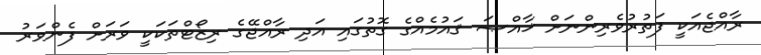
ރާއްޖެއަކީ ފަތުރުވެރިންނަށް ޚާއްޞަ ޤައުމެއްގެ ގޮތުގައި އަދި ރާއްޖޭގެ ރިޒޯޓްތަކަކީ ވަރަށް ފެންވަރު